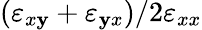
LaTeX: (\varepsilon_{x\mathbf{y}}+\varepsilon_{\mathbf{y}x})/2\varepsilon_{xx}